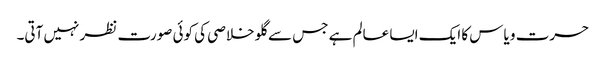
حسرت و یاس کا ایک ایسا عالم ہے جس سے گلو خلاصی کی کوئی صورت نظر نہیں آتی۔